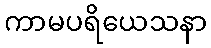
ကာမပရိယေသနာ